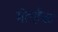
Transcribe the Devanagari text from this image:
मेल्हैक